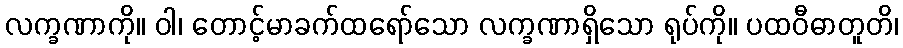
လက္ခဏာကို။ ဝါ၊ တောင့်မာခက်ထရော်သော လက္ခဏာရှိသော ရုပ်ကို။ ပထဝီဓာတူတိ၊